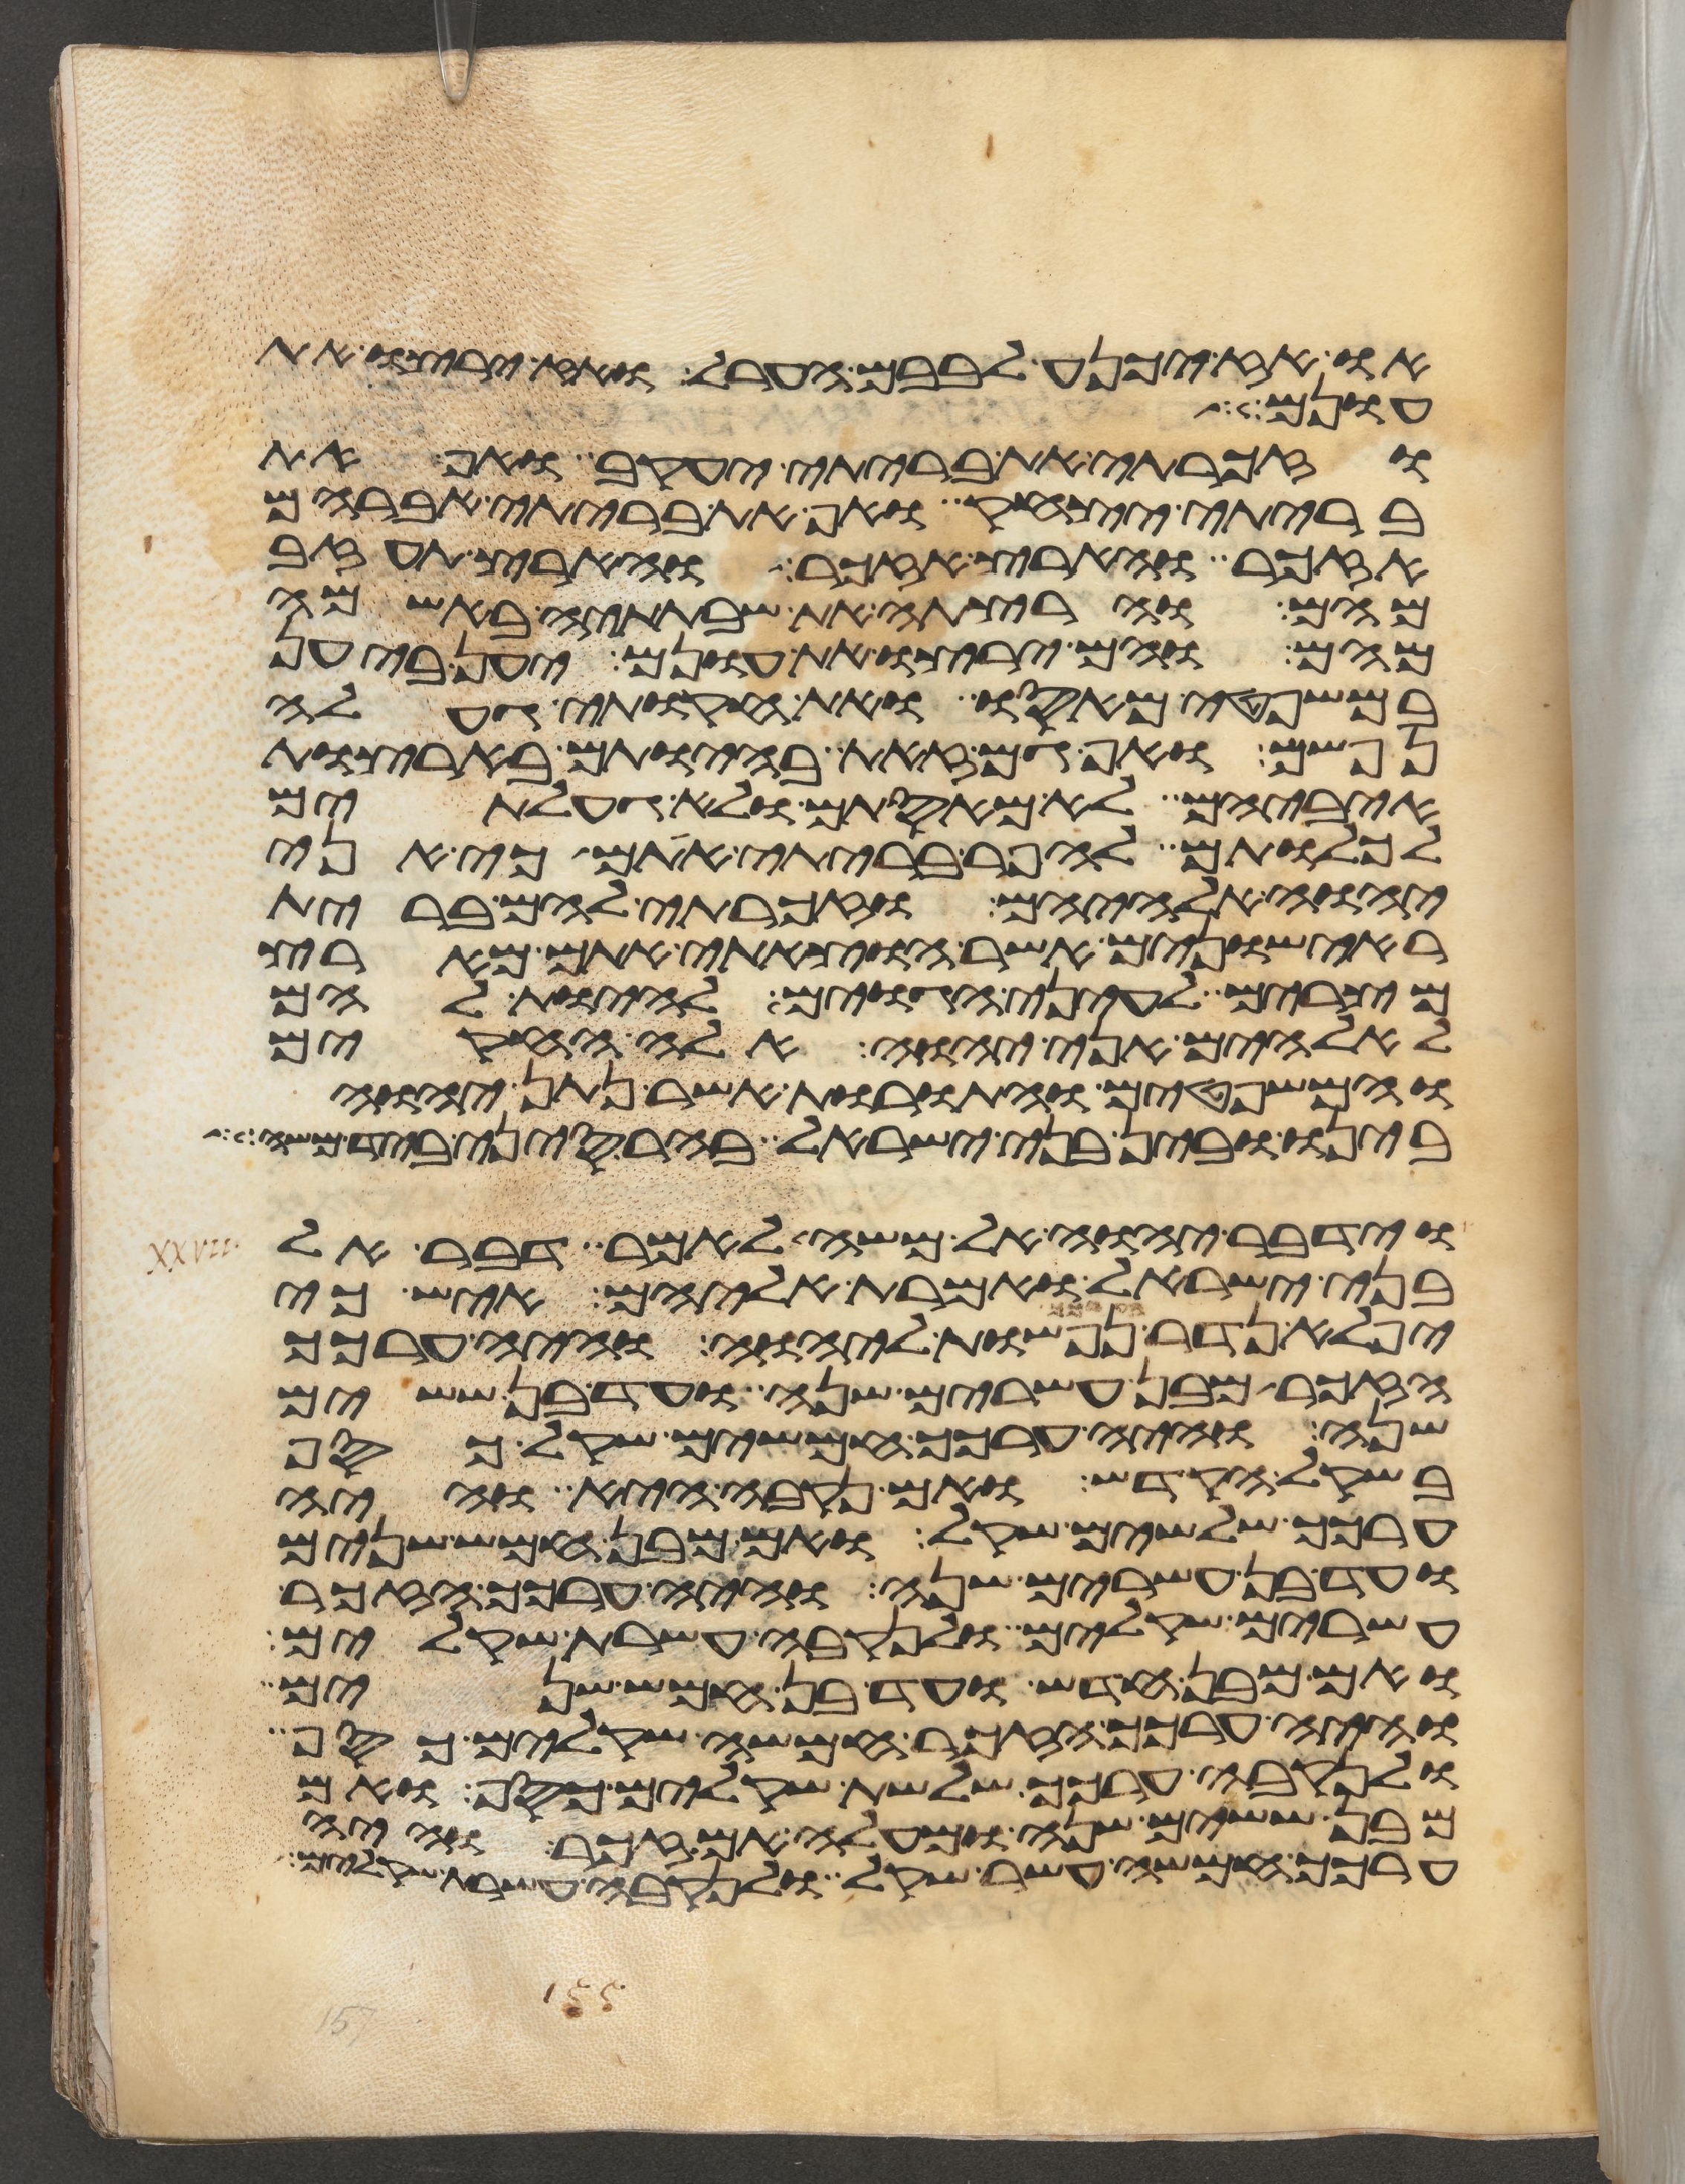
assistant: או אז יכנע לבבם הערל ואז ירצו את
עונם
וזכרתי את בריתי יעקב ואף את
בריתי יצחק ואף את בריתי אברהם
אזכר והארץ אזכר והארץ תעזב
מהם והרצתה את שבתתיה באשמה
מהם והם ירצו את עונם יען ביען
במשפטי מאסו ואת חקותי געלה
נפשם ואף גם זאת בהיותם בארצות
איביהם לא מאסתים ולא געלתים
לכלותם להפר בריתי אתם כי אני
יהוה אלהיהם וזכרתי להם ברית
ראישונים אשר הוצאתי אתם מארץ
מצרים לעיני הגוים להיות להם
לאלהים אני יהוה אלה החקים
והמשפטים והתורות אשר נתן יהוה
בינו ובין בני ישראל בהר סיני ביד משה
וידבר יהוה אל משה לאמר דבר אל
בני ישראל ואמרת אליהם איש כי
יפלא נדר בערכך נפשות ליהוה והיה ערכך
הזכר מבן עשרים שנה ועד בן ששים
שנה והיה ערכך חמשים שקל כסף
בשקל הקדש ואם נקבה היא והיה
ערכך שלשים שקל ואם מבן חמש שנים
ועד בן עשרים שנה והיה ערכך הזכר
עשרים שקלים ולנקבה עשרת שקלים
ואם מבן חדש ועד בן חמש שנים
והיה ערכך הזכר חמשה שקלים כסף
ולנקבה ערכך שלשת שקלים כסף ואם
מבן ששים שנה ומעלה אם זכר והיה
ערכך חמשה עשר שקל ולנקבה עשרת שקלים